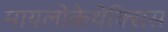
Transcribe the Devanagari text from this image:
मायलोकेथेक्सिस